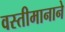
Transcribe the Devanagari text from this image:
वस्तीमानाने